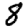
Digit: 8